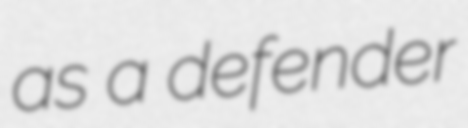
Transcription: as a defender